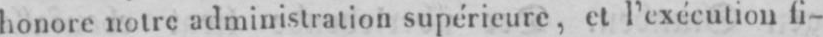
honore notre administration supérieure, et l’exécution fi-